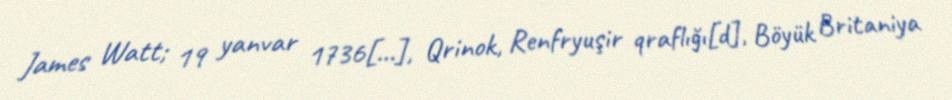
James Watt; 19 yanvar 1736[…], Qrinok, Renfryuşir qraflığı[d], Böyük Britaniya